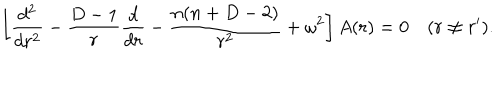
\left[ { \frac { d ^ { 2 } } { d r ^ { 2 } } } - { \frac { D - 1 } { r } } { \frac { d } { d r } } - { \frac { n ( n + D - 2 ) } { r ^ { 2 } } } + \omega ^ { 2 } \right] A ( r ) = 0 \quad ( r \neq r ^ { \prime } ) .